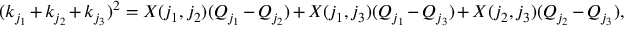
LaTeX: ( k _ { j _ { 1 } } + k _ { j _ { 2 } } + k _ { j _ { 3 } } ) ^ { 2 } = X ( j _ { 1 } , j _ { 2 } ) ( Q _ { j _ { 1 } } - Q _ { j _ { 2 } } ) + X ( j _ { 1 } , j _ { 3 } ) ( Q _ { j _ { 1 } } - Q _ { j _ { 3 } } ) + X ( j _ { 2 } , j _ { 3 } ) ( Q _ { j _ { 2 } } - Q _ { j _ { 3 } } ) ,